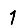
Digit: 1